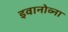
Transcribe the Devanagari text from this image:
इवानोव्ना